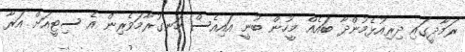
ރަމާދީގައި ދިރިއުޅެމުންދާ ބައެއް މީހުން ބުނީ އައިއެސް ހަނގުރާމަވެރިން އެ ސިޓީއަށް އަރާ